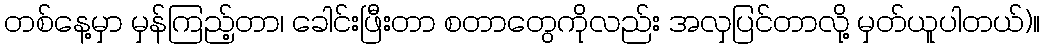
တစ်နေ့မှာ မှန်ကြည့်တာ၊ ခေါင်းဖြီးတာ စတာတွေကိုလည်း အလှပြင်တာလို့ မှတ်ယူပါတယ်)။